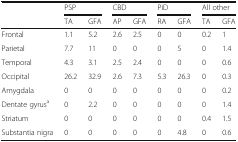
<table><thead><tr><td rowspan="2"></td><td colspan="2"><b>PSP</b></td><td colspan="2"><b>CBD</b></td><td colspan="2"><b>PiD</b></td><td colspan="2"><b>All other</b></td></tr><tr><td><b>TA</b></td><td><b>GFA</b></td><td><b>AP</b></td><td><b>GFA</b></td><td><b>RA</b></td><td><b>GFA</b></td><td><b>TA</b></td><td><b>GFA</b></td></tr></thead><tbody><tr><td>Frontal</td><td>1.1</td><td>5.2</td><td>2.6</td><td>2.5</td><td>0</td><td>0</td><td>0.2</td><td>1</td></tr><tr><td>Parietal</td><td>7.7</td><td>11</td><td>0</td><td>0</td><td>0</td><td>5</td><td>0</td><td>1.4</td></tr><tr><td>Temporal</td><td>4.3</td><td>3.1</td><td>2.5</td><td>2.4</td><td>0</td><td>0</td><td>0</td><td>0.6</td></tr><tr><td>Occipital</td><td>26.2</td><td>32.9</td><td>2.6</td><td>7.3</td><td>5.3</td><td>26.3</td><td>0</td><td>0.3</td></tr><tr><td>Amygdala</td><td>0</td><td>0</td><td>0</td><td>0</td><td>0</td><td>0</td><td>0</td><td>0.2</td></tr><tr><td>Dentate gyrus<sup>a</sup></td><td>0</td><td>2.2</td><td>0</td><td>0</td><td>0</td><td>0</td><td>0</td><td>1.4</td></tr><tr><td>Striatum</td><td>0</td><td>0</td><td>0</td><td>0</td><td>0</td><td>0</td><td>0.4</td><td>1.5</td></tr><tr><td>Substantia nigra</td><td>0</td><td>0</td><td>0</td><td>0</td><td>0</td><td>4.8</td><td>0</td><td>0.6</td></tr></tbody></table>